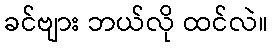
ခင်ဗျား ဘယ်လို ထင်လဲ။